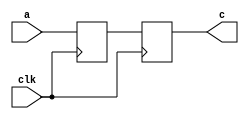
 // Nonblocking
module S4L1(clk,a,c);
  input clk;
  input a;
  output c;
   
  wire clk;
  wire a;
  reg c;
  reg b;
    
 always @ (posedge clk )
 begin
	b <= a; // Se contempla la expresin pero se ejecuta
	c <= b; // Se contempla la expresin pero se ejecuta
			// Previo al "end" se sintenizan las expresiones y se ejecutan
 end    
 endmodule